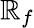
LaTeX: \mathbb{R}_{f}